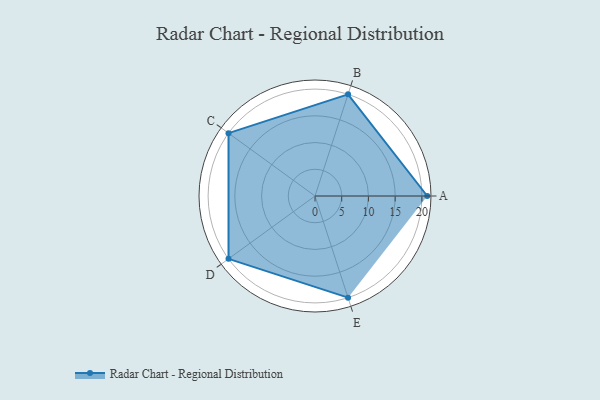
{"axis": {"x": "Skill", "y": "Score"}, "legend": ["Profile"], "data": [{"x": "A", "y": 21.0, "type": "Profile"}, {"x": "B", "y": 20, "type": "Profile"}, {"x": "C", "y": 20, "type": "Profile"}, {"x": "D", "y": 20, "type": "Profile"}, {"x": "E", "y": 20, "type": "Profile"}]}